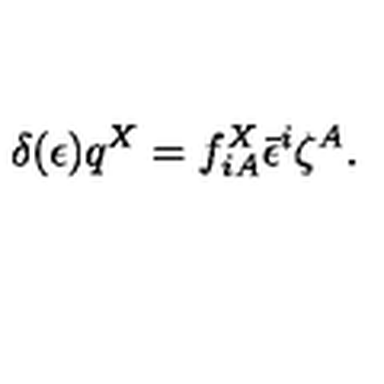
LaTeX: \delta ( \epsilon ) q ^ { X } = f _ { i A } ^ { X } \bar { \epsilon } ^ { i } \zeta ^ { A } .